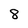
Character: 8